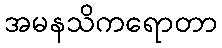
အမနသိကရောတာ